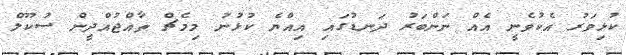
ކުޅިވަރު އެކުވެނީ އެއް ނަންބަރު ދަނޑުގައި އިއްޔެ ކުޅުނު މިމެޗް ތާއްޖުއްދީން ސުކޫލް